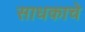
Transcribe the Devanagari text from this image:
साधकाचे